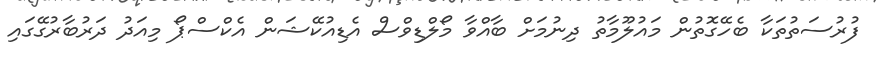
ފުރުސަތުތަކާ ބެހޭގޮތުން މައުލޫމާތު ދިނުމަށް ބާއްވާ މޯލްޑިވްސް އެޑިއުކޭޝަން އެކްސްޕޯ މިއަދު ދަރުބާރުގޭގައި